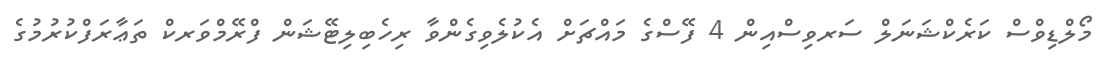
މޯލްޑިވްސް ކަރެކްޝަނަލް ސަރވިސްއިން 4 ފޭސްގެ މައްޗަށް އެކުލެވިގެންވާ ރިހެބިލިޓޭޝަން ފްރޭމްވަރކް ތަޢާރަފްކުރުމުގެ